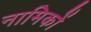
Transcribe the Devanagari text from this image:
नामिकों